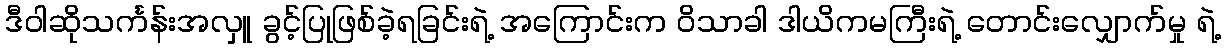
ဒီဝါဆိုသင်္ကန်းအလှူ ခွင့်ပြုဖြစ်ခဲ့ရခြင်းရဲ့ အကြောင်းက ဝိသာခါ ဒါယိကမကြီးရဲ့ တောင်းလျှောက်မှု ရဲ့